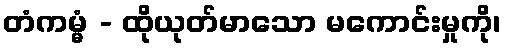
တံကမ္မံ - ထိုယုတ်မာသော မကောင်းမှုကို၊